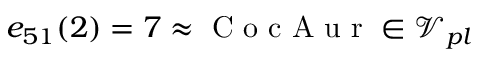
e _ { 5 1 } ( 2 ) = 7 \approx \mathrm { ~ C ~ o ~ c ~ A ~ u ~ r ~ } \in \mathcal { V } _ { p l }